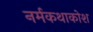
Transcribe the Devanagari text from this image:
नर्मकथाकोश